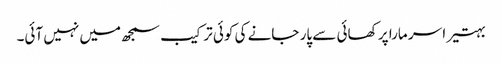
بہتیرا سر مارا پر کھائی سے پار جانے کی کوئی ترکیب سمجھ میں نہیں آئی۔